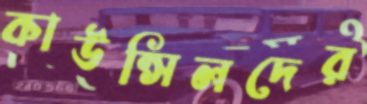
কাউন্সিলদের